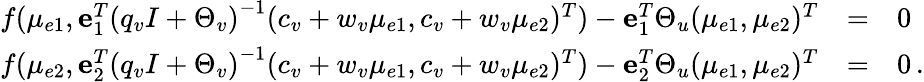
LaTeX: \begin{array}{rcl}{f(\mu_{e1},{\mathbf e}_{1}^{T}\left(q_{v}I+\Theta_{v}\right)^{-1}(c_{v}+w_{v}\mu_{e1},c_{v}+w_{v}\mu_{e2})^{T})-{\mathbf e}_{1}^{T}\Theta_{u}(\mu_{e1},\mu_{e2})^{T}}&{=}&{0}\\ {f(\mu_{e2},{\mathbf e}_{2}^{T}\left(q_{v}I+\Theta_{v}\right)^{-1}(c_{v}+w_{v}\mu_{e1},c_{v}+w_{v}\mu_{e2})^{T})-{\mathbf e}_{2}^{T}\Theta_{u}(\mu_{e1},\mu_{e2})^{T}}&{=}&{0\, .}\end{array}